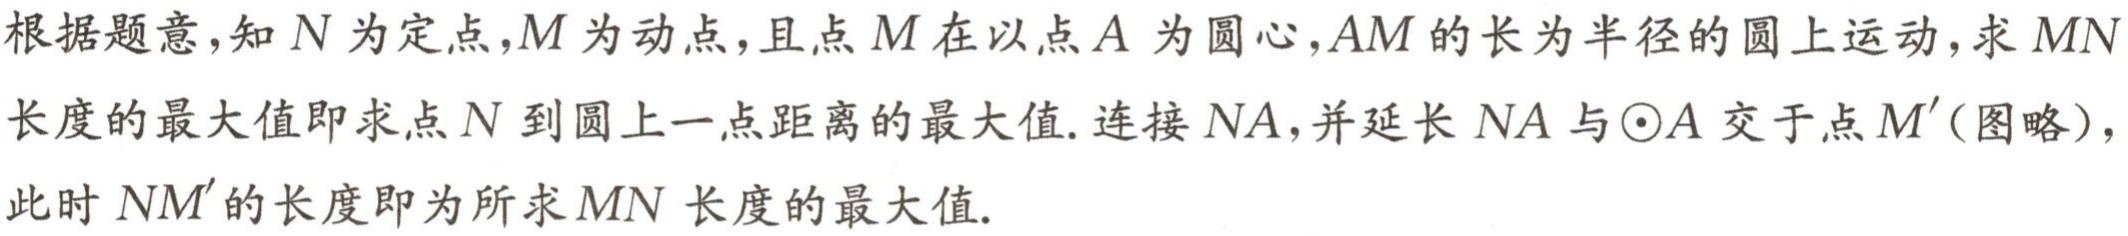
根据题意，知\(N\)为定点，\(M\)为动点，且点\(M\)在以点\(A\)为圆心，\(AM\)的长为半径的圆上运动，求\(MN\)长度的最大值即求点\(N\)到圆上一点距离的最大值. 连接\(NA\)，并延长\(NA\)与\(\odot A\)交于点\(M'\)（图略），此时\(NM'\)的长度即为所求\(MN\)长度的最大值.